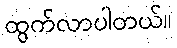
ထွက်လာပါတယ်။